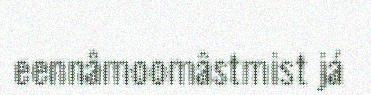
eennâmoomâstmist já